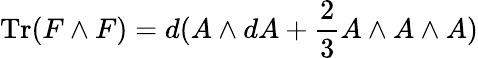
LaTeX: \mathrm{Tr}(F\wedge F)=d(A\wedge dA+{\frac{2}{3}}A\wedge A\wedge A)